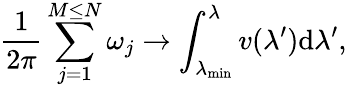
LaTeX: \frac{1}{2\pi}\sum_{j=1}^{M\le N}\omega_{j}\to\int_{\lambda_{\operatorname*{min}}}^{\lambda}v(\lambda^{\prime})\mathrm{d}\lambda^{\prime},